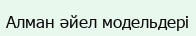
Алман әйел модельдері